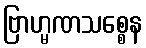
ဗြာဟ္မဏသစ္စေန